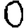
Digit: 0